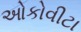
ઓકોવીટા